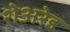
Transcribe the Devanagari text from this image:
शेअरेड